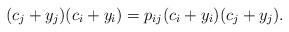
LaTeX: \begin{align*}(c_j+y_j)(c_i+y_i)=p_{ij}(c_i+y_i)(c_j+y_j).\end{align*}